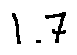
1 . 7